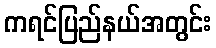
ကရင်ပြည်နယ်အတွင်း